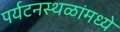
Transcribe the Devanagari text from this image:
पर्यटनस्थळांमध्ये